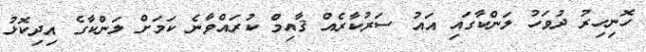
ހޮނިހިރު ދުވަހު ލަންކާގައި އައު ސަރުކާރެއް ޤާއިމް ކުރައްވާނެ ކަމަށް ލަންކާގެ އިދިކޮޅު